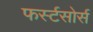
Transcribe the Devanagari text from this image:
फर्स्टसोर्स